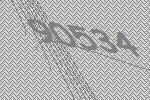
90534